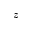
z